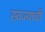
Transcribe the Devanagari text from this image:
स्वज्याची